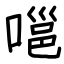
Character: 嗈